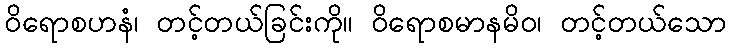
ဝိရောစဟနံ၊ တင့်တယ်ခြင်းကို။ ဝိရောစမာနမိဝ၊ တင့်တယ်သော